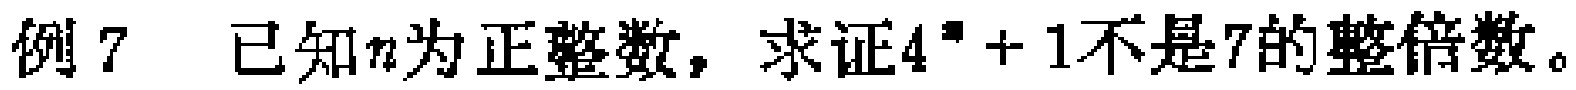
例7 已知\(n\)为正整数，求证\(4^{n}+1\)不是7的整倍数。